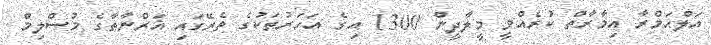
އަލްޙަމްރާ އިމާރާތް ކުރެއްވީ މީލާދީން 1300 އިގެ އަހަރުތަކުގެ ތެރޭގައި ޣަރްނާޠާގެ މުސްލިމް